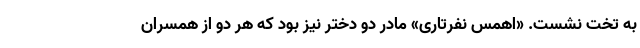
به تخت نشست. «اهمس نفرتاری» مادر دو دختر نیز بود که هر دو از همسران